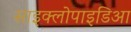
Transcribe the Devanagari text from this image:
साइक्लोपाइडिआ